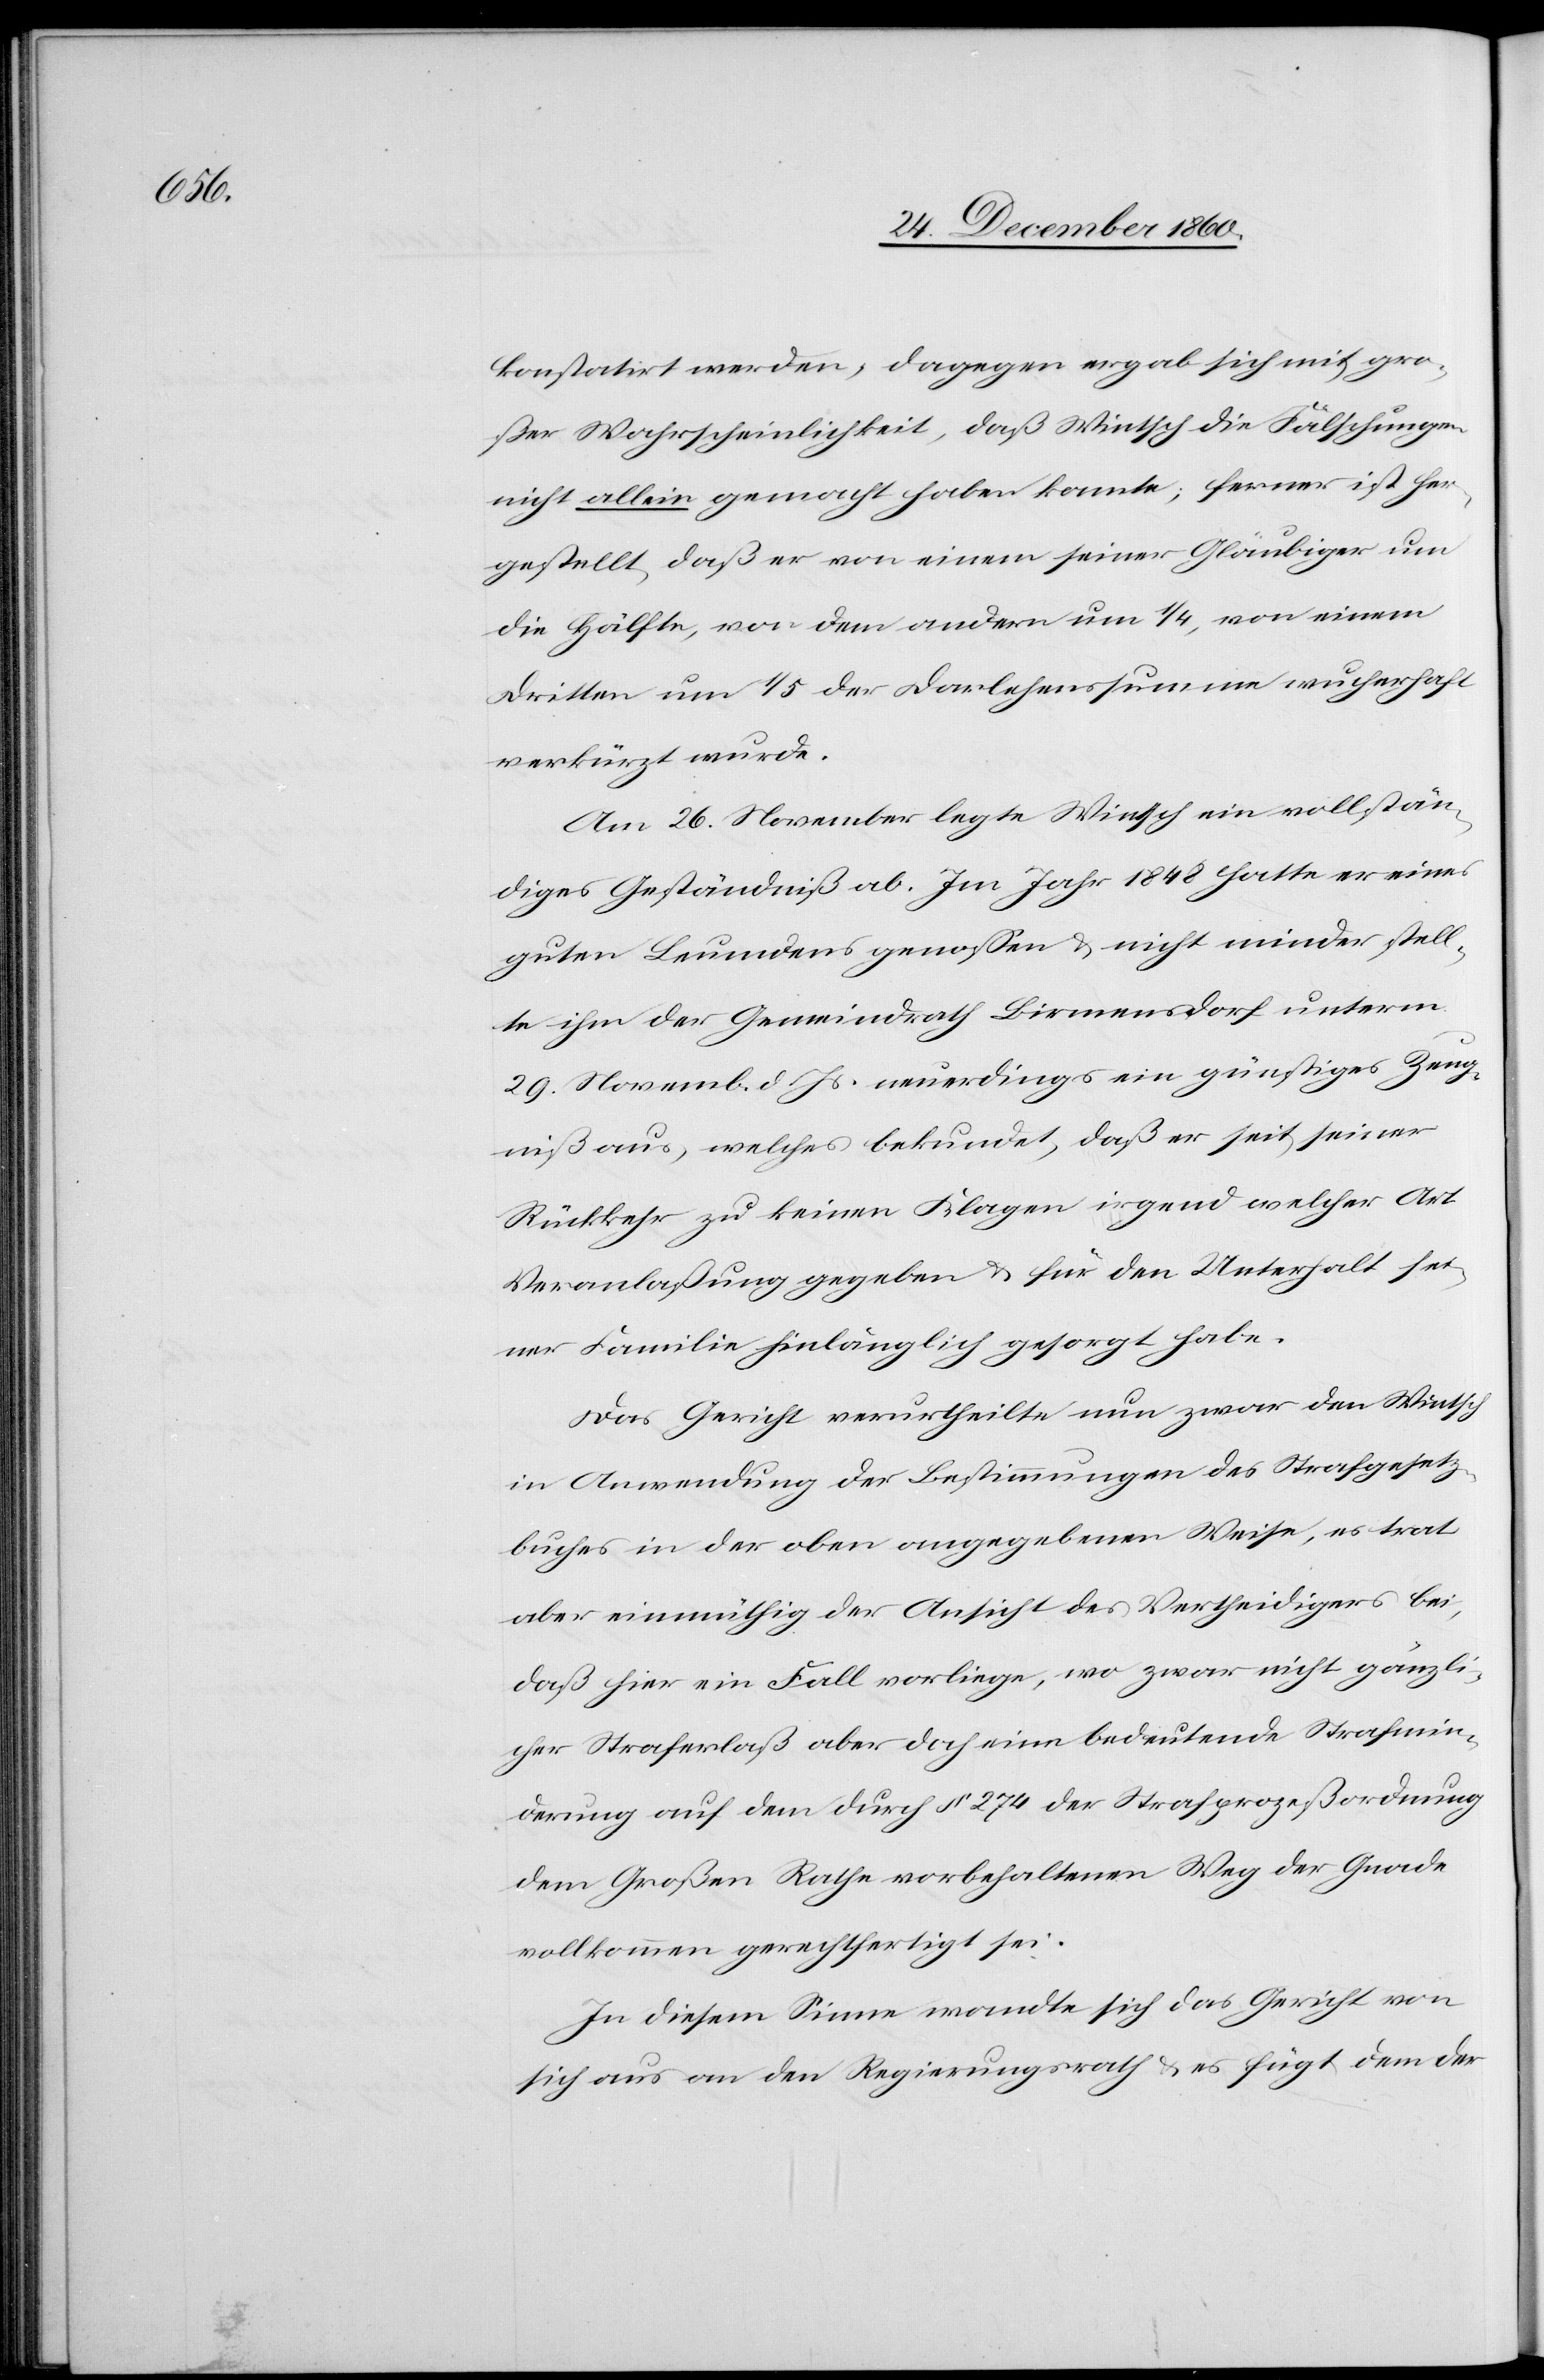
konstatirt werden, dagegen ergab sich mit gro¬
ßer Wahrscheinlichkeit, daß Wintsch die Fälschungen
nicht allein gemacht haben konnte; ferner ist her¬
gestellt, daß er von einem seiner Gläubiger um
die Hälfte, von dem andern um 1/4, von einem
Dritten um 1/5 der Darlehenssumme wucherhaft
verkürzt wurde.
Am 26. November legte Wintsch ein vollstän¬
diges Geständniß ab. Im Jahr 1848 hatte er eines
guten Leumundes genossen u. nicht minder stell¬
te ihm der Gemeindrath Birmensdorf unterm
29. Novemb. d. Js. neuerdings ein günstiges Zeug¬
niß aus, welches bekundet, daß er seit seiner
Rückkehr zu keinen Klagen irgend welcher Art
Veranlaßung gegeben u. für den Unterhalt sei¬
ner Familie hinlänglich gesorgt habe.
Das Gericht verurtheilte nun zwar den Wintsch
in Anwendung der Bestimmungen des Strafgesetz¬
buches in der oben angegebenen Weise, es trat
aber einmüthig der Ansicht des Vertheidigers bei,
daß hier ein Fall vorliege, wo zwar nicht gänzli¬
cher Straferlaß aber doch eine bedeutende Strafmin¬
derung auf dem durch § 274 der Strafprozeßordnung
dem Großen Rathe vorbehaltene Weg der Gnade
vollkommen gerechtfertigt sei.
In diesem Sinne wandte sich das Gericht von
sich aus an den Regierungsrath u. es fügt dem der